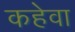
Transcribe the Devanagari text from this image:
कहेवा